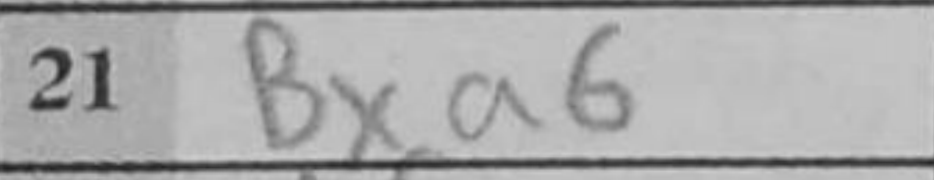
Transcription: Bxa6